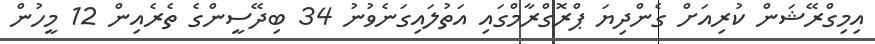
އިމިގްރޭޝަން ކުރިއަށް ގެންދިޔަ ޕްރޮގްރާމްގައި އަތުލައިގަނެވުނު 34 ބިދޭސީންގެ ތެރެއިން 12 މީހުން